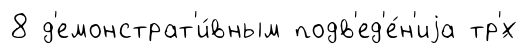
8 д'емонстрат'и́вным подв'ед'е́н'иjа тр'́х